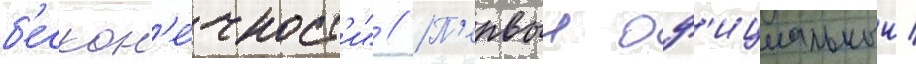
б'ескон'е́чност'и" // П'ервыи оф'ициальныи